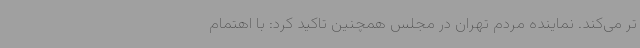
تر می‌کند. نماینده مردم تهران در مجلس همچنین تاکید کرد: با اهتمام